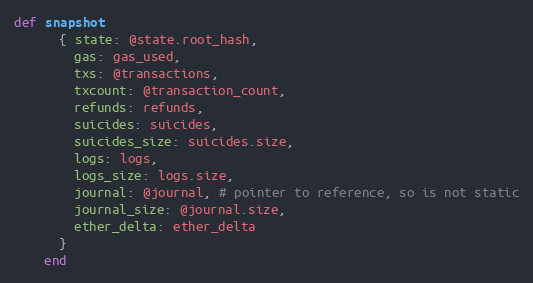
Language: Ruby
def snapshot
      { state: @state.root_hash,
        gas: gas_used,
        txs: @transactions,
        txcount: @transaction_count,
        refunds: refunds,
        suicides: suicides,
        suicides_size: suicides.size,
        logs: logs,
        logs_size: logs.size,
        journal: @journal, # pointer to reference, so is not static
        journal_size: @journal.size,
        ether_delta: ether_delta
      }
    end